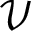
\mathcal { V }